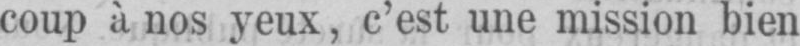
coup à nos yeux, c’est une mission bien